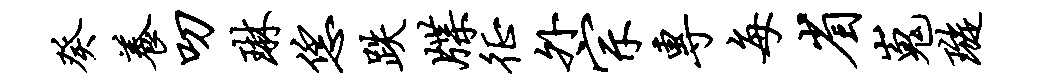
癸养叨琳恁跌牒徵外宗专每省嵬璇